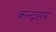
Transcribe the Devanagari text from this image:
क़न्दाहार